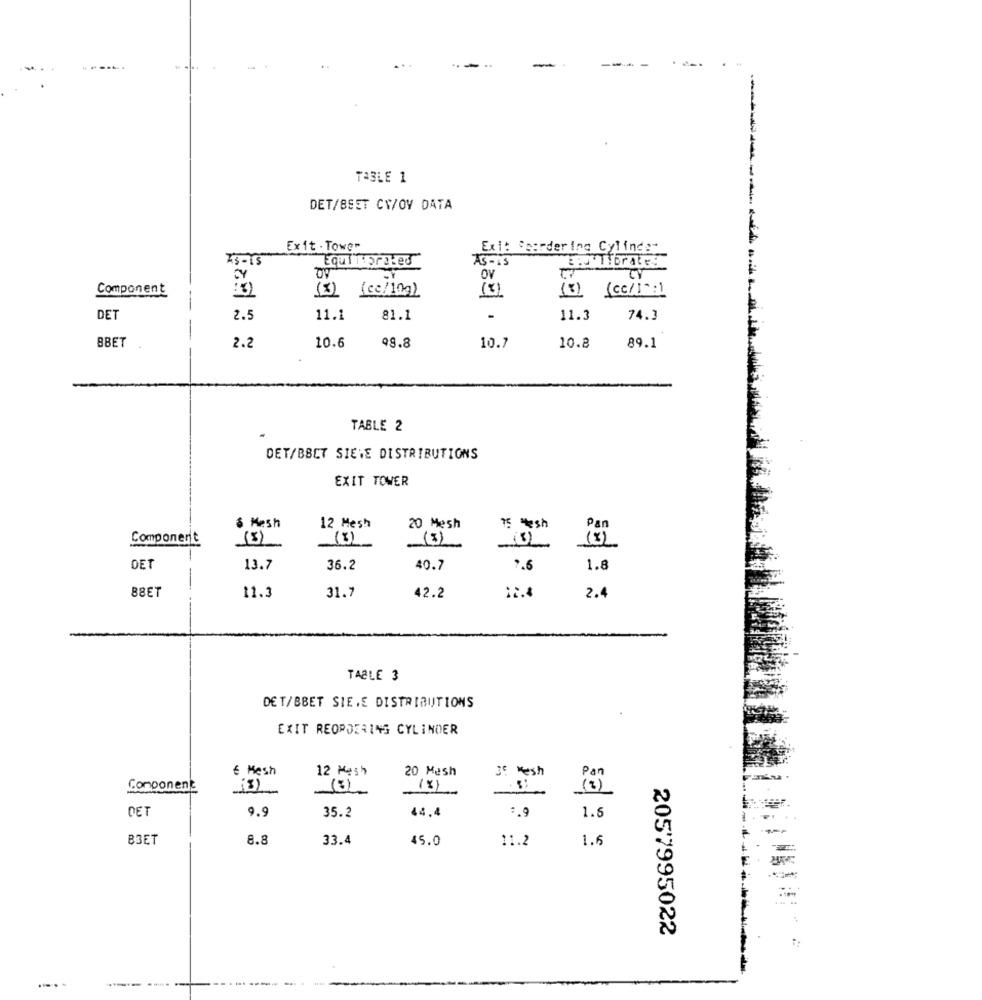
-
--
.
TABLE 1
DET/BEET CW/OV DATA
Exit - Tower
Exit Ssordering Cylinder
AS -15
OV
Component
(cc/10g)
(8)
(3) (cc/12:)
DET
2.5
11.1
81.1
11.3
74.3
BBET
10.6
10.7
89.1
2.2
49.8
10.8
TABLE 2
DET/BBCT SIEWE DISTRIBUTIONS
EXIT TOWER
Pan
& Mash
12 Mesh
20 Mesh
75 Mesh
Component
(8)
(3)
(3)
(5)
DET
13.7
36.2
40.7
7.6
1.8
88ET
11.3
31.7
2.4
42.2
12.4
TABLE 3
DET/BBET SIE.E DISTRIBUTIONS
EXIT REORDERING CYLINDER
€ Mesh
12 Mesh
20 Mesh
Je Kesh
Pan
Component
(8)
(2 )
DET
9.9
35.2
44,4
:. 9
1.5
B3ET
8.8
33.
45.0
11.2
1.6
2057995022
... .